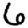
Digit: 6